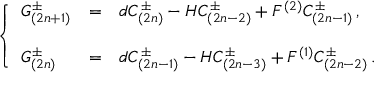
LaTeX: \left\{ \begin{array} { l c l } { { G _ { ( 2 n + 1 ) } ^ { \pm } } } & { { = } } & { { d C _ { ( 2 n ) } ^ { \pm } - H C _ { ( 2 n - 2 ) } ^ { \pm } + F ^ { ( 2 ) } C _ { ( 2 n - 1 ) } ^ { \pm } \, , } } \\ { { } } & { { } } & { { } } \\ { { G _ { ( 2 n ) } ^ { \pm } } } & { { = } } & { { d C _ { ( 2 n - 1 ) } ^ { \pm } - H C _ { ( 2 n - 3 ) } ^ { \pm } + F ^ { ( 1 ) } C _ { ( 2 n - 2 ) } ^ { \pm } \, . } } \end{array} \right.